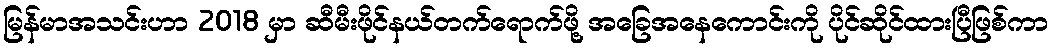
မြန်မာအသင်းဟာ 2018 မှာ ဆီမီးဖိုင်နယ်တက်ရောက်ဖို့ အခြေအနေကောင်းကို ပိုင်ဆိုင်ထားပြီဖြစ်ကာ